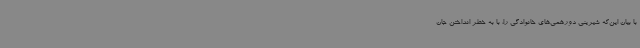
با بیان این‌که شیرینی دورهمی‌های خانوادگی را، با به خطر انداختن جان